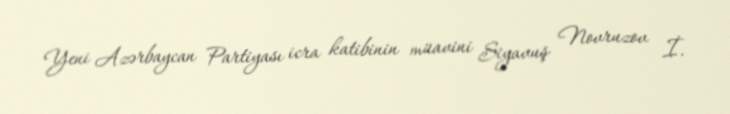
Yeni Azərbaycan Partiyası icra katibinin müavini Siyavuş Novruzov İ.